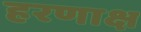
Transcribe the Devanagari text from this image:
हरणाक्ष